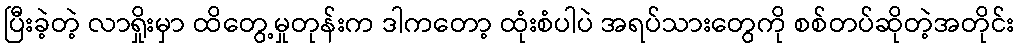
ပြီးခဲ့တဲ့ လာရှိုးမှာ ထိတွေ့မှုတုန်းက ဒါကတော့ ထုံးစံပါပဲ အရပ်သားတွေကို စစ်တပ်ဆိုတဲ့အတိုင်း